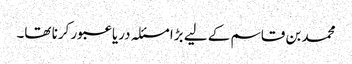
محمد بن قاسم کے لیے بڑا مسئلہ دریا عبور کرنا تھا۔